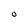
Character: O